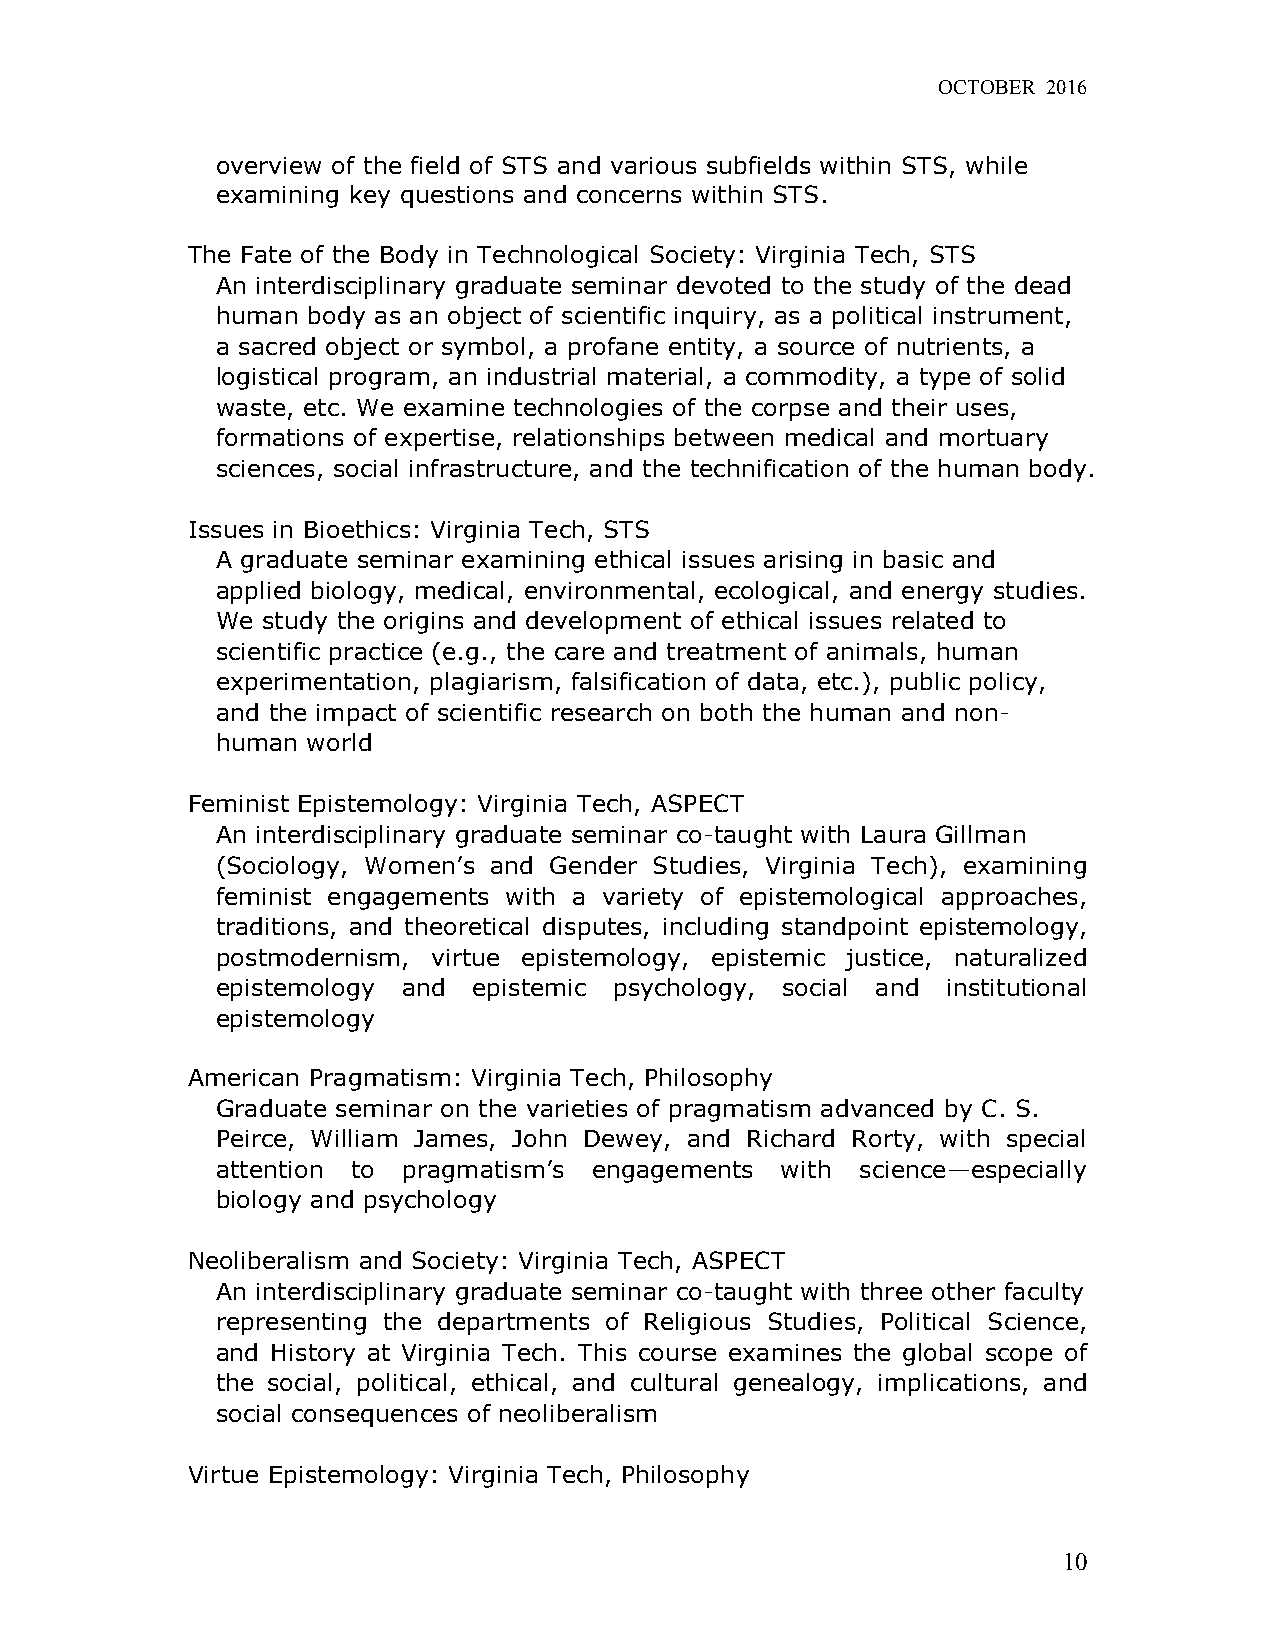
OCTOBER 2016
 overview of the field of STS and various subfields within STS, while
 examining key questions and concerns within STS.
 The Fate of the Body in Technological Society: Virginia Tech, STS
 An interdisciplinary graduate seminar devoted to the study of the dead
 human body as an object of scientific inquiry, as a political instrument,
 a sacred object or symbol, a profane entity, a source of nutrients, a
 logistical program, an industrial material, a commodity, a type of solid
 waste, etc. We examine technologies of the corpse and their uses,
 formations of expertise, relationships between medical and mortuary
 sciences, social infrastructure, and the technification of the human body.
 Issues in Bioethics: Virginia Tech, STS
 A graduate seminar examining ethical issues arising in basic and
 applied biology, medical, environmental, ecological, and energy studies.
 We study the origins and development of ethical issues related to
 scientific practice (e.g., the care and treatment of animals, human
 experimentation, plagiarism, falsification of data, etc.), public policy,
 and the impact of scientific research on both the human and non-
 human world
 Feminist Epistemology: Virginia Tech, ASPECT
 An interdisciplinary graduate seminar co-taught with Laura Gillman
 (Sociology, Women’s and Gender Studies, Virginia Tech), examining
 feminist engagements with a variety of epistemological approaches,
 traditions, and theoretical disputes, including standpoint epistemology,
 postmodernism, virtue epistemology, epistemic justice, naturalized
 epistemology and epistemic psychology, social and institutional
 epistemology
 American Pragmatism: Virginia Tech, Philosophy
 Graduate seminar on the varieties of pragmatism advanced by C. S.
 Peirce, William James, John Dewey, and Richard Rorty, with special
 attention to pragmatism’s engagements with science—especially
 biology and psychology
 Neoliberalism and Society: Virginia Tech, ASPECT
 An interdisciplinary graduate seminar co-taught with three other faculty
 representing the departments of Religious Studies, Political Science,
 and History at Virginia Tech. This course examines the global scope of
 the social, political, ethical, and cultural genealogy, implications, and
 social consequences of neoliberalism
 Virtue Epistemology: Virginia Tech, Philosophy
 10